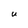
Character: U